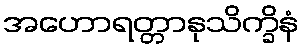
အဟောရတ္တာနုသိက္ခိနံ